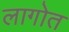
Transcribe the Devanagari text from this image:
लागोत